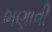
ભણાવી